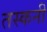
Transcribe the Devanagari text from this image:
तस्कनी